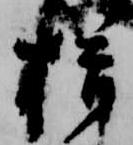
揖